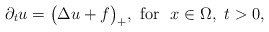
\begin{align*}\partial_t u=\big(\Delta u +f\big)_+,\mbox{ for } \ x \in \Omega, \ t > 0,\end{align*}